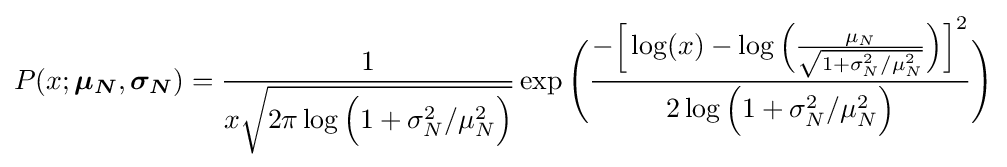
P(x;{\boldsymbol {\mu _{N}}},{\boldsymbol {\sigma _{N}}})={\frac {1}{x{\sqrt {2\pi \log {\Big (}1+\sigma _{N}^{2}/\mu _{N}^{2}{\Big )}}}}}\exp {\Bigg (}{\frac {-{\Big [}\log(x)-\log {\Big (}{\frac {\mu _{N}}{\sqrt {1+\sigma _{N}^{2}/\mu _{N}^{2}}}}{\Big )}{\Big ]}^{2}}{2\log {\Big (}1+\sigma _{N}^{2}/\mu _{N}^{2}{\Big )}}}{\Bigg )}